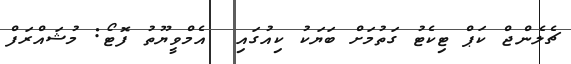
ޗެލެންޖް ކަޕް ޓިކެޓު ގަތުމަށް ބަޔަކު ކިއުގައި  އެމްވީޔޫތު ފޮޓޯ: މުޝައްރަފް